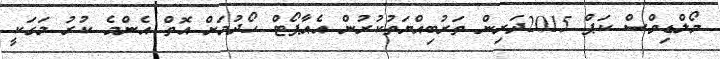
މޯލްޑިވްސް ކަޕް 2015ދަރިން ތަރުބިއްޔަތުކުރުން އެއާޕޯޓް ހޯދުމަށް އޮތް އެންމެ ކުރު މަގަކީ